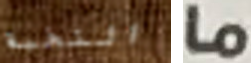
النخبة ما